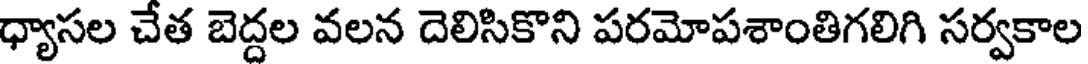
ధ్యాసల చేత బెద్దల వలన దెలిసికొని పరమోపశాంతిగలిగి సర్వకాల